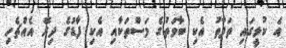
އެ ކުޅީގައި ތަފާތު އެކި ބާވަތުގެ މަސްތަކާއި އެކި ފާޑުގެ ދިރޭ އެއްޗެހި